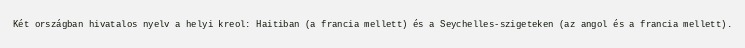
Két országban hivatalos nyelv a helyi kreol: Haitiban (a francia mellett) és a Seychelles-szigeteken (az angol és a francia mellett).